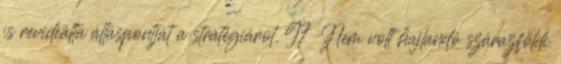
is revideálta álláspontját a stratégiáról. 97 Nem volt hajlandó szárazföldi